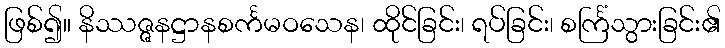
ဖြစ်၍။ နိဿဇ္ဇနဋ္ဌာနစင်္ကမဝသေန၊ ထိုင်ခြင်း၊ ရပ်ခြင်း၊ စင်္ကြံသွားခြင်း၏